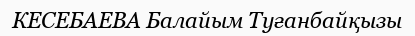
КЕСЕБАЕВА Балайым Туғанбайқызы